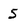
Character: 5